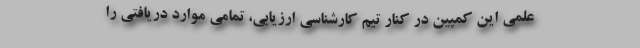
علمی این کمپین در کنار تیم کارشناسی ارزیابی، تمامی موارد دریافتی را